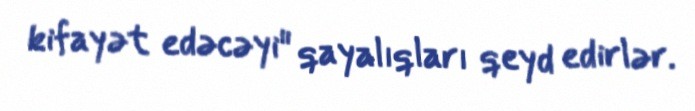
kifayət edəcəyi" qayalıqları qeyd edirlər.